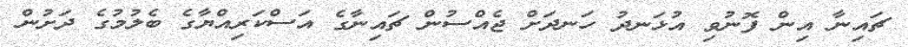
ޗައިނާ އިން ފޮނުވި އުޅަނދު ހަނދަށް ޖެއްސުން ޗައިނާގެ އަސްކަރިއްޔާގެ ބެލުމުގެ ދަށުން